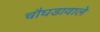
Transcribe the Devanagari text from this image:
चौघडावाले